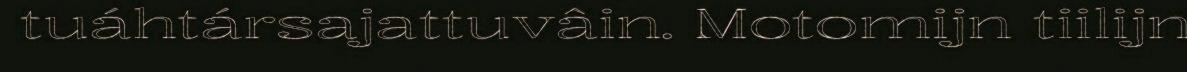
tuáhtársajattuvâin. Motomijn tiilijn